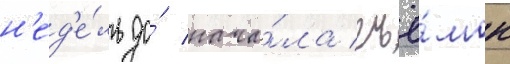
н'ед'е́ль до́ нача́ла съё́мок